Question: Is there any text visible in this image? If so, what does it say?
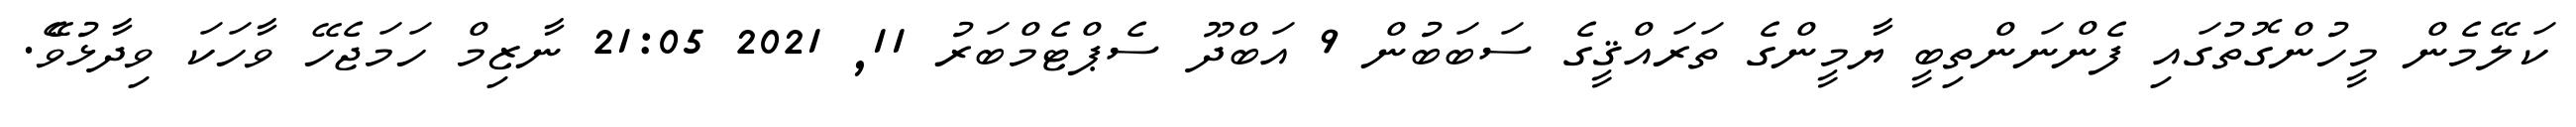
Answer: ކަލޭމެން މީހުންގޮތުގައި ފެންނަންތިބީ ޔާމީންގެ ތަރައްޤީގެ ސަބަބުން 9 އަބްދޫ ސެޕްޓެމްބަރު 11, 2021 21:05 ނާޒިމް ހަމަޖެހޭ ވާހަކަ ވިދާޅުވެޭ.